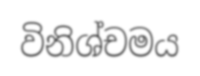
විනිශ්චමය